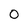
Character: 0